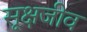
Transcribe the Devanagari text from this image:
सूक्षजीव